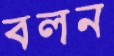
বলন